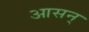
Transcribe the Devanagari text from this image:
आसन्